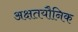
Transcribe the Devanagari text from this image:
अक्षतयौनिक